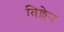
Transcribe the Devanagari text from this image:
विल्लेन